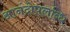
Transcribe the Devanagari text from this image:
आनंदोपलब्धि